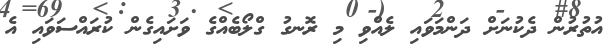
އުތުރުން ދެކުނަށް ދަންމަވައި ލެއްވި މި ރޮނގު ގްލޯބެއްގެ ވަށައިގެން ކުރައްސަވައި އެ